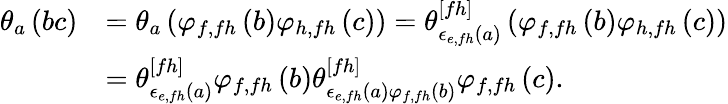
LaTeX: \begin{array}{rl}{\theta_{a}\left(bc\right)}&{=\theta_{a}\left(\varphi_{f,fh}\left(b\right)\varphi_{h,fh}\left(c\right)\right)=\theta_{\epsilon_{e,fh}\left(a\right)}^{[fh]}\left(\varphi_{f,fh}\left(b\right)\varphi_{h,fh}\left(c\right)\right)}\\ &{=\theta_{\epsilon_{e,fh}\left(a\right)}^{[fh]}\varphi_{f,fh}\left(b\right)\theta_{\epsilon_{e,fh}\left(a\right)\varphi_{f,fh}\left(b\right)}^{[fh]}\varphi_{f,fh}\left(c\right).}\end{array}